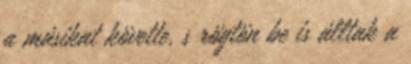
a másikat követte, s rögtön be is álltak a